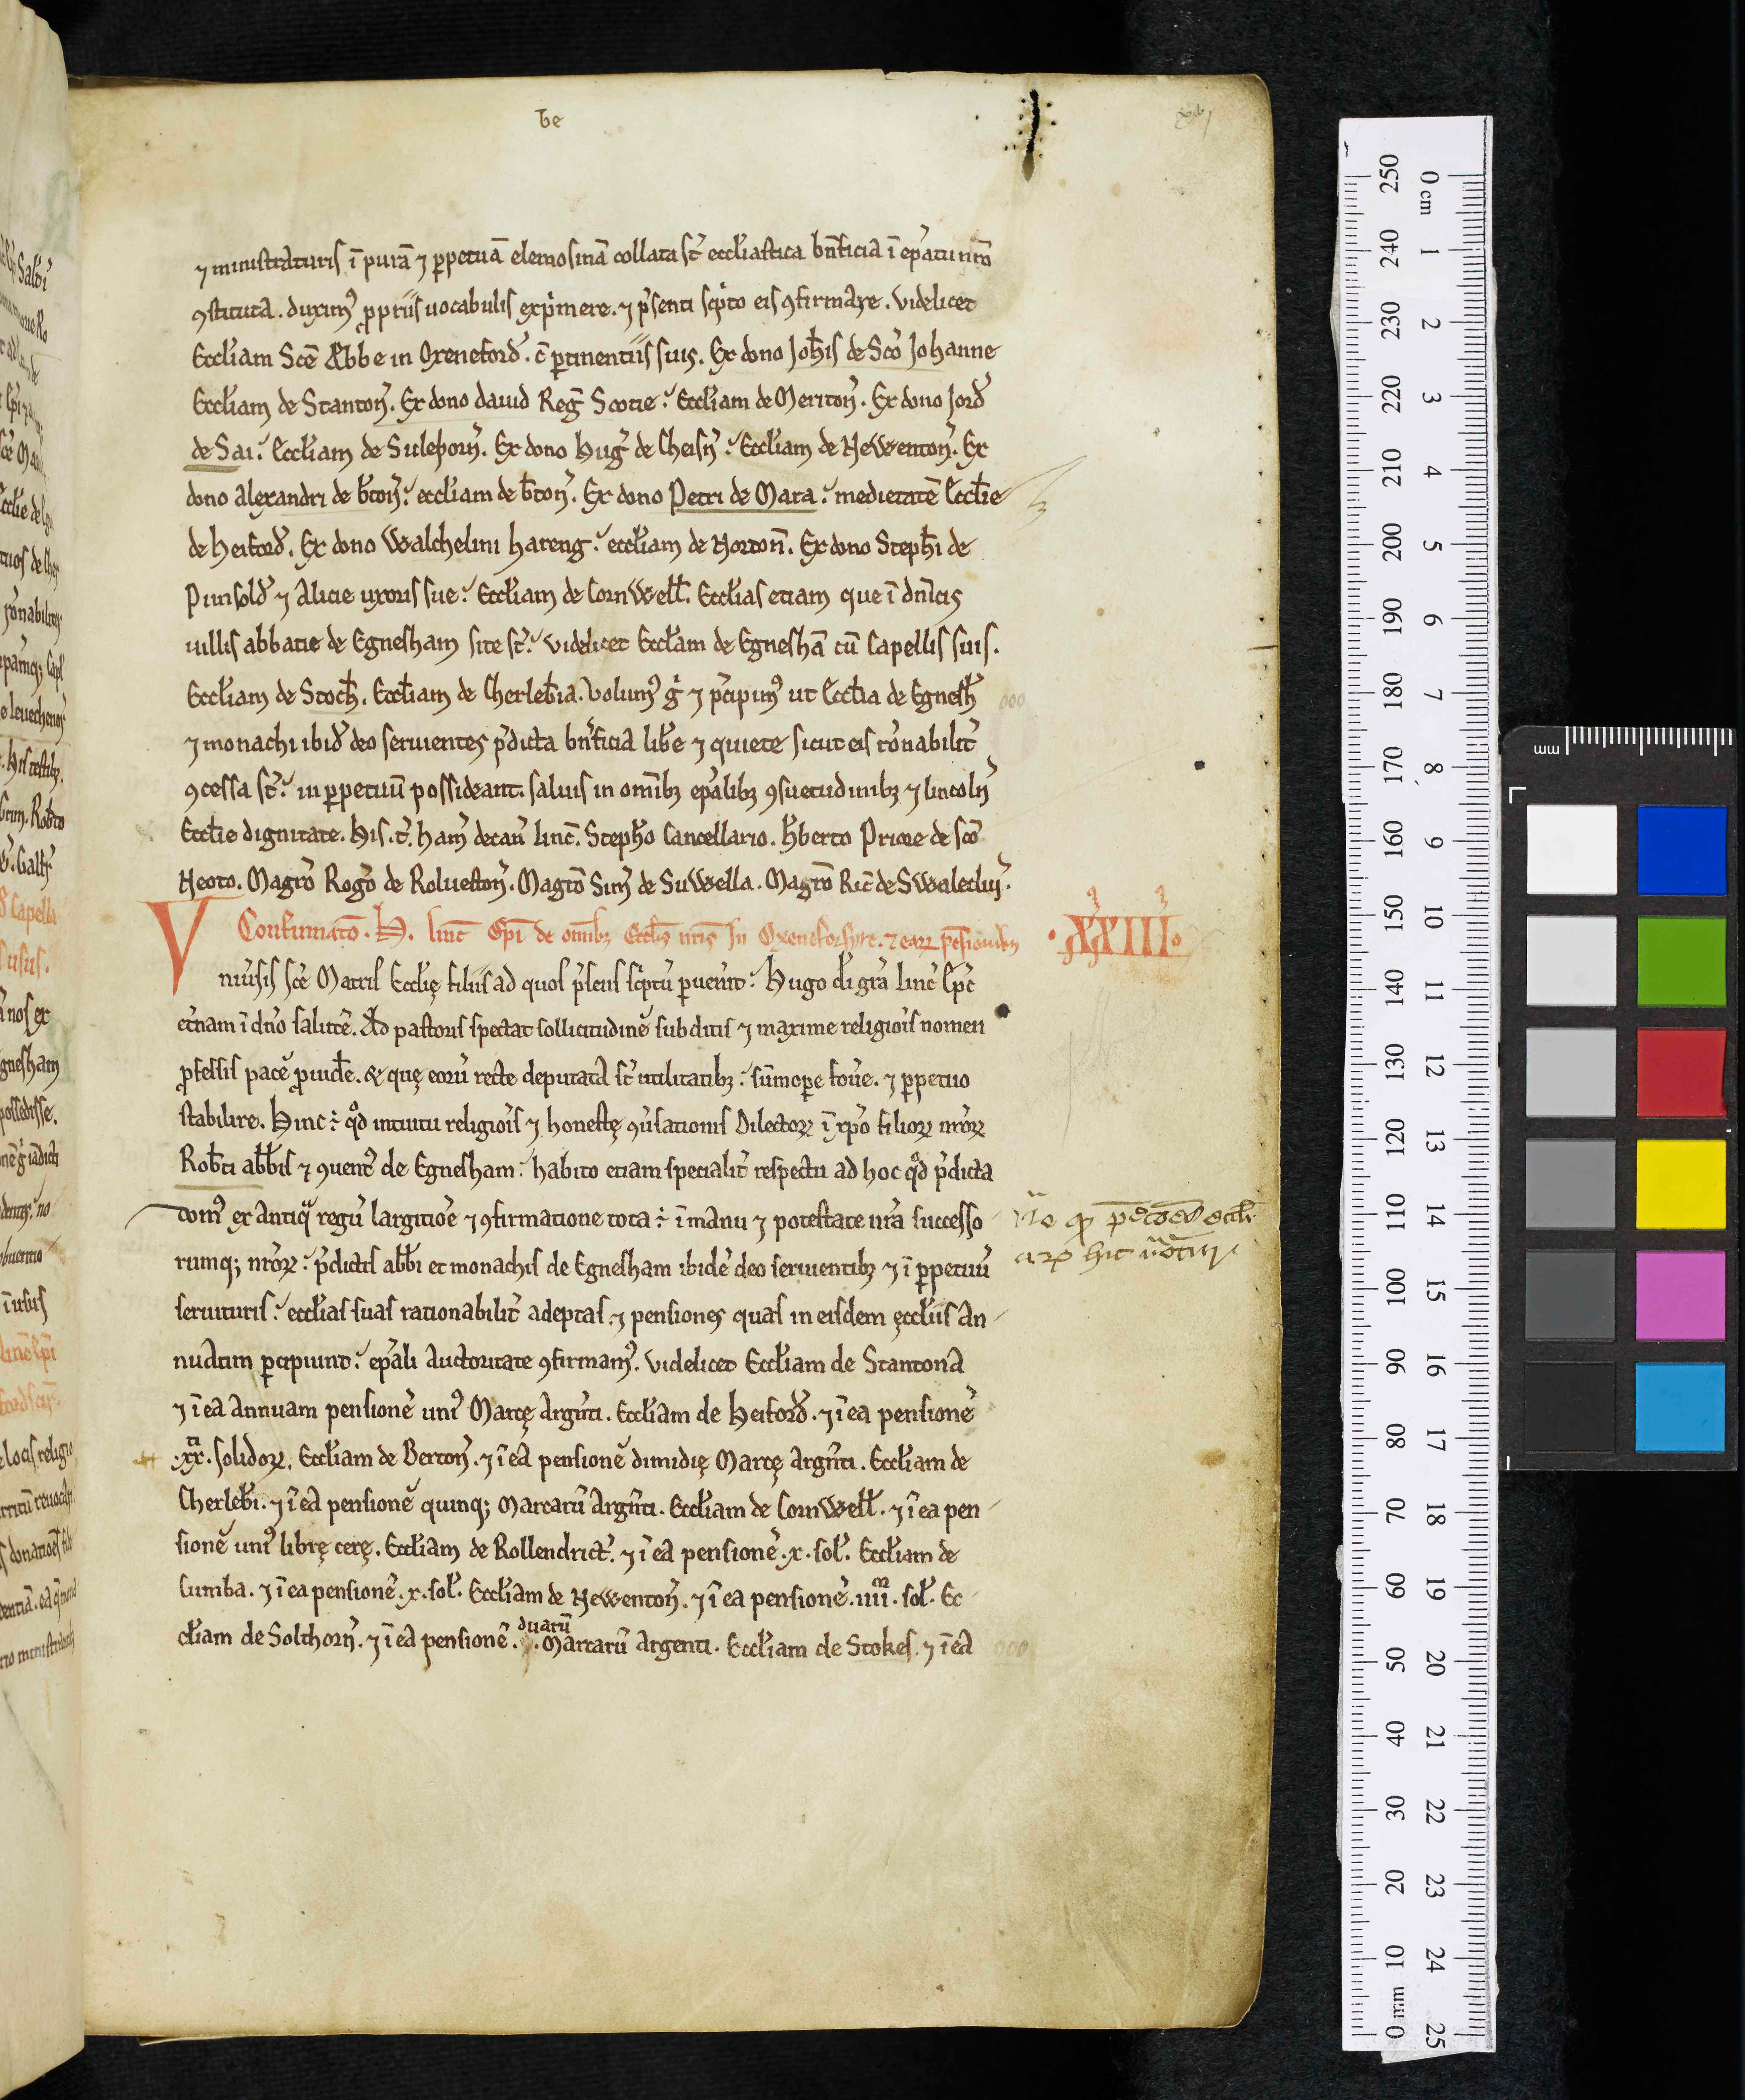
Shelfmark: Oxford, Christ Church Library, 341
Century: 12